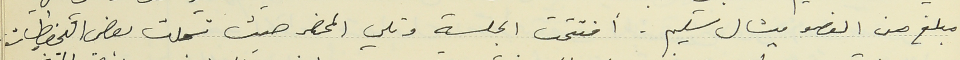
مبلغ من العضو ميشال سليم. افتتحت الجلسة وتلي المحضر حيث تسجلت بعض التحفظات